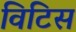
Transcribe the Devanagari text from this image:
विटिस